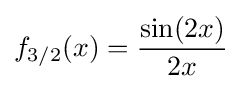
f_{3/2}(x)={\frac {\sin(2x)}{2x}}